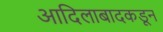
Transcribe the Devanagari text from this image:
आदिलाबादकडून